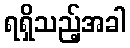
ရရှိသည့်အခါ